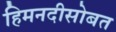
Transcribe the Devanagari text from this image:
हिमनदीसोबत